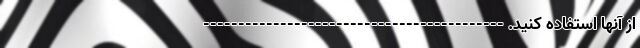
از آنها استفاده کنید. -------------------------------------------